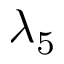
\lambda _ { 5 }